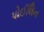
પોઈલિન